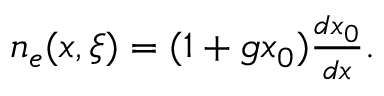
\begin{array} { r } { n _ { e } ( x , \xi ) = ( 1 + g x _ { 0 } ) \frac { d x _ { 0 } } { d x } . } \end{array}